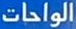
الواحات